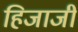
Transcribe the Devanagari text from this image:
हिजाजी